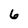
Character: 6